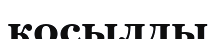
косылды